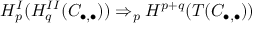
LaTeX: H _ { p } ^ { I } ( H _ { q } ^ { I I } ( C _ { \bullet , \bullet } ) ) \Rightarrow _ { p } H ^ { p + q } ( T ( C _ { \bullet , \bullet } ) )